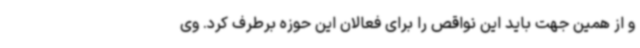
و از همین جهت باید این نواقص را برای فعالان این حوزه برطرف کرد. وی